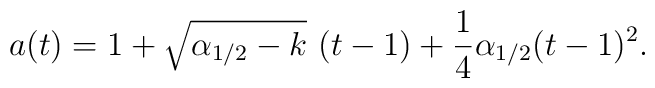
a(t)  =1+\sqrt{\alpha_{1/2}-k}\,\,(t-1)+\frac{1}{4}\alpha_{1/2}(t-1)^{2}.